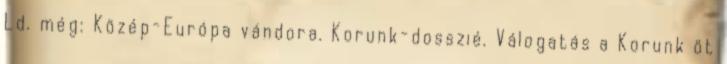
Ld. még: Közép-Európa vándora. Korunk-dosszié. Válogatás a Korunk öt